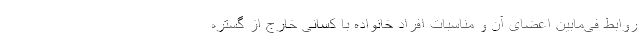
روابط فی‌مابین اعضای آن و مناسبات افراد خانواده با کسانی خارج از گستره